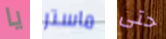
يا ماستر حتى